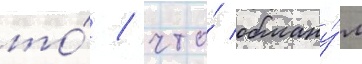
то́ / что́ обману́л